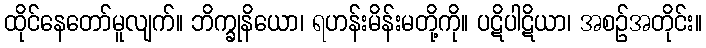
ထိုင်နေတော်မူလျက်။ ဘိက္ခုနိယော၊ ရဟန်းမိန်းမတို့ကို။ ပဋိပါဋိယာ၊ အစဉ်အတိုင်း။